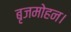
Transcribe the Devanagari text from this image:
बृजमोहन।